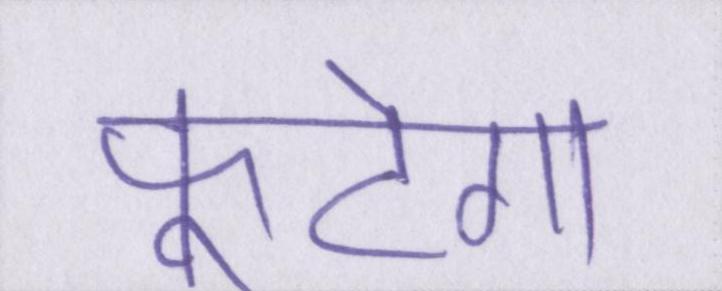
फूटेगा